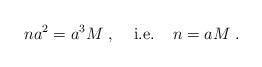
LaTeX: \begin{align*}n a^2 = a^3 M \; , \; \; \; \; {\rm i.e.} \; \; \; \; n = a M \; .\end{align*}